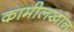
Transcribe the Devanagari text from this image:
कामीलखान